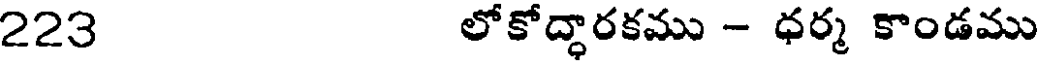
223 లోకోద్ధారకము - ధర్మ కాండము